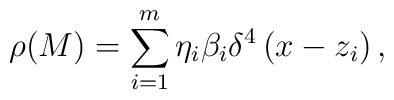
\rho (M)=\sum_{i=1}^m\eta _i\beta _i\delta ^4\left( x-z_i\right),